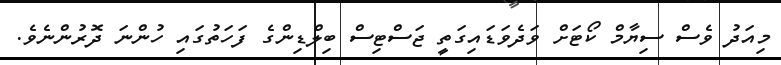
މިއަދު ވެސް ސިޔާމް ކޯޓަށް ވަދެވަޑައިގަތީ ޖަސްޓިސް ބިލްޑިންގެ ފަހަތުގައި ހުންނަ ދޮރުންނެވެ.